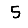
Digit: 5